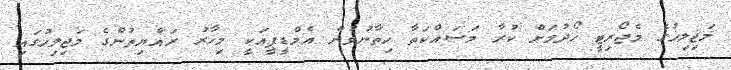
މަޖިލިހުގެ މެޖޯރިޓީ ހޯދުމަށް ކުރާ މަސައްކަތާ ހިތާނުވުން އެމްޑީޕީއަކީ މިހާރު ރައްޔިތުންގެ މަޖިލިހުގައި